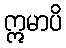
ဣမာပိ